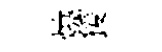
燒猨